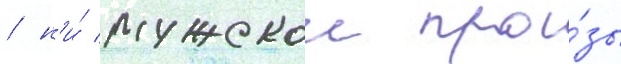
/ н'и́ мужскои про́зы